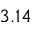
3 . 1 4